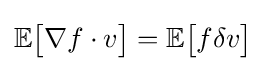
\mathbb {E} {\big [}\nabla f\cdot v{\big ]}=\mathbb {E} {\big [}f\delta v{\big ]}